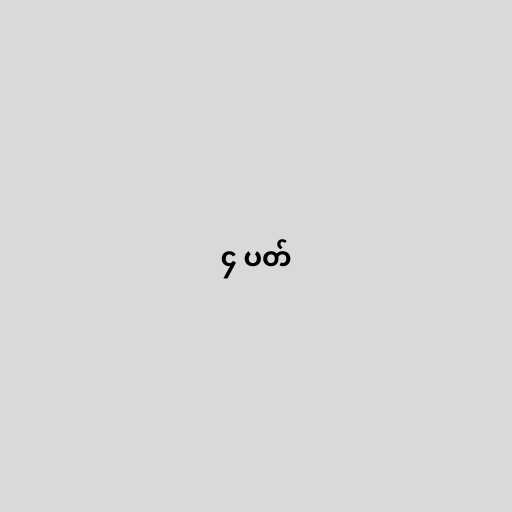
၄ ပတ်